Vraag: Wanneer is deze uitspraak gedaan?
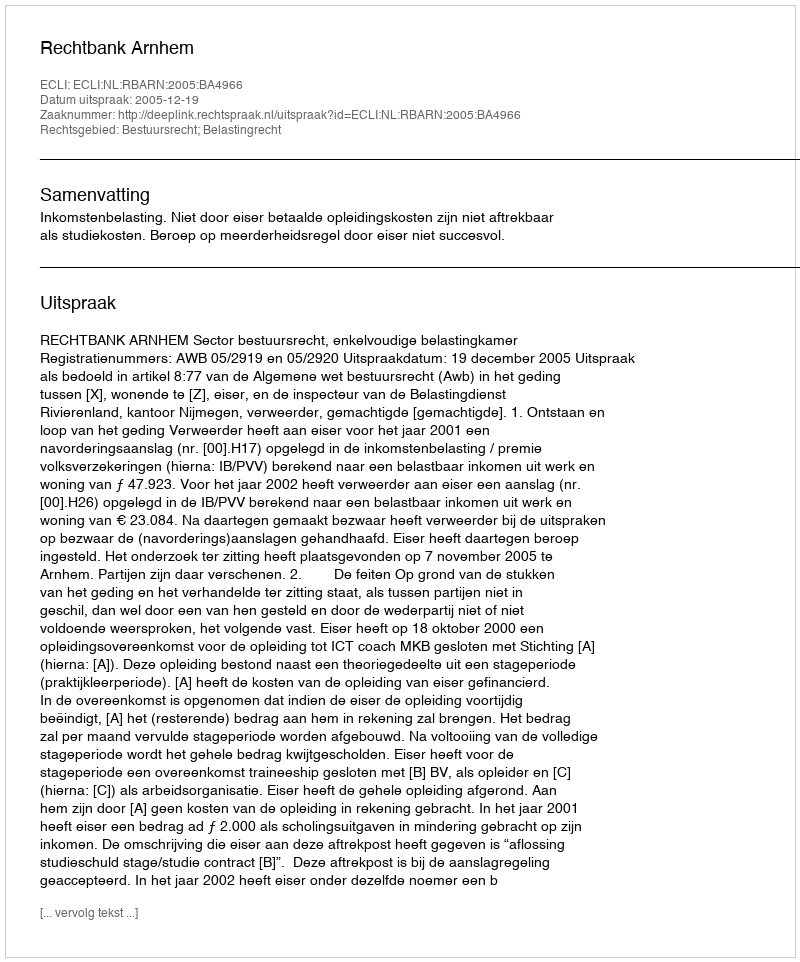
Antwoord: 2005-12-19